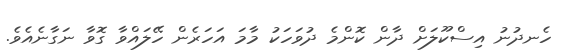
ހެނދުނު އިސްކޫލަށް ދާން ކޮންމެ ދުވަހަކު މާމަ އަހަރެން ހޭލައްވާ ގޮވާ ނަގާނެއެވެ.